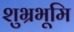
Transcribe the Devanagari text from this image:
शुभ्रभूमि